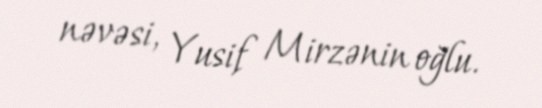
nəvəsi, Yusif Mirzənin oğlu.